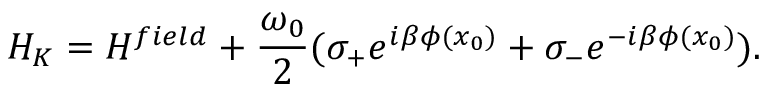
H _ { K } = H ^ { f i e l d } + \frac { \omega _ { 0 } } { 2 } ( \sigma _ { + } e ^ { i \beta \phi ( x _ { 0 } ) } + \sigma _ { - } e ^ { - i \beta \phi ( x _ { 0 } ) } ) .